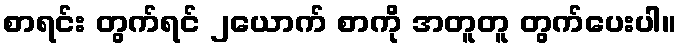
စာရင်း တွက်ရင် ၂ယောက် စာကို အတူတူ တွက်ပေးပါ။